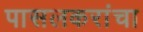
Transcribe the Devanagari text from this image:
पासलकरांचा